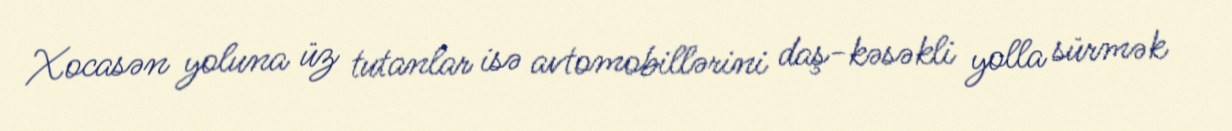
Xocasən yoluna üz tutanlar isə avtomobillərini daş-kəsəkli yolla sürmək